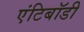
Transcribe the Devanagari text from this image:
एंटिबॉडी